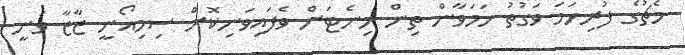
މެޗުގެ ފުރިހަމަ ވަގުތު ހަމަވާން ތިން މިނެޓަށް ވެފައިވަނިކޮށް ސިމިއޯނީ ޒާޒާ ވަނީ